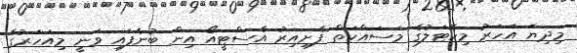
މިދިޔަ އަހަރު މިހޮޓަލުގެ މަސައްކަތް ފެށިއިރު އެސްޓީއޯ އިން ބުނެފައި ވަނީ މިއަހަރުގެ